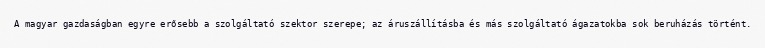
A magyar gazdaságban egyre erősebb a szolgáltató szektor szerepe; az áruszállításba és más szolgáltató ágazatokba sok beruházás történt.